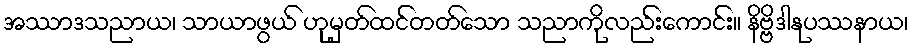
အဿာဒသညာယ၊ သာယာဖွယ် ဟုမှတ်ထင်တတ်သော သညာကိုလည်းကောင်း။ နိဗ္ဗိဒါနုပဿနာယ၊